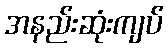
အနည်းဆုံးကျပ်